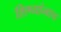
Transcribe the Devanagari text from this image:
शिष्यांनाच